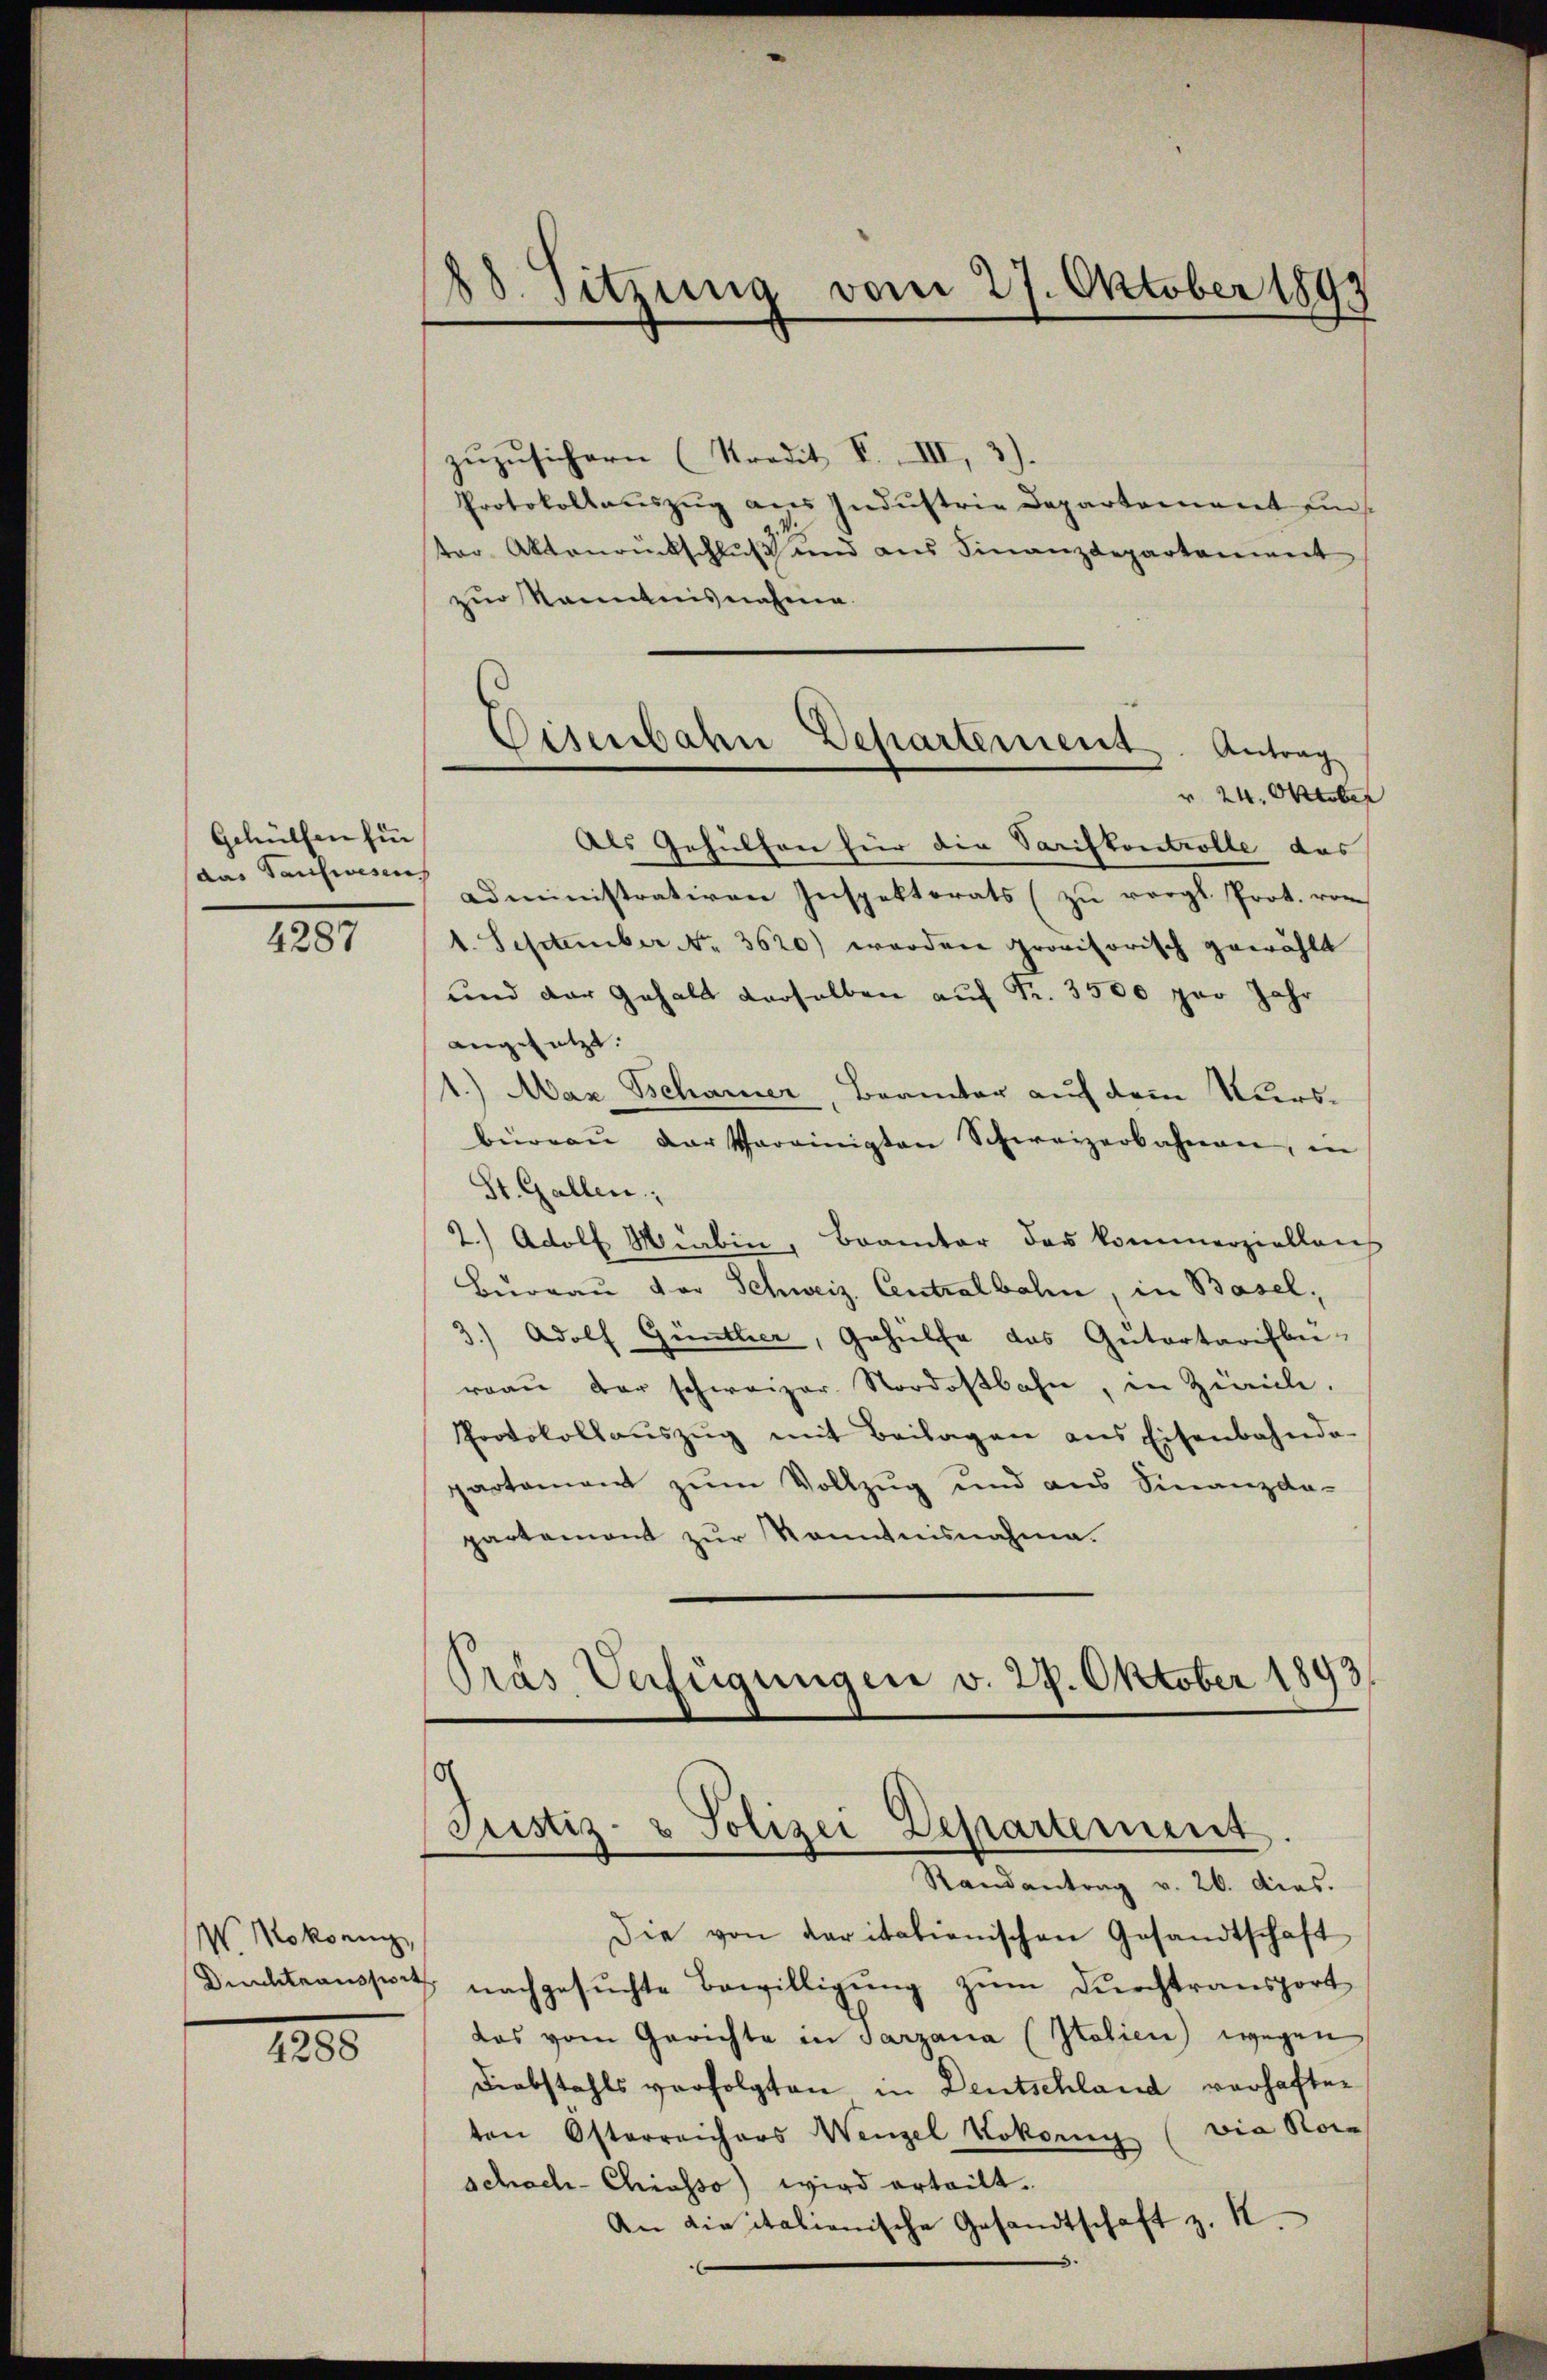
Gehülfen für
(das Tauwesen,

4287

W. Mokonig,

1205

88. Sitzung vom 27. Oktober 1899

zŭzŭsichern (Kredit F. III,
Protokollauszug aus Industrie Departement ein
ter Aktenrückschluß und aus Finanzdepartement
zur Kenntnisnahme.
Als Gehülfen für die Varifkontrolle des
administrativen Inspektorats (zu vergl. Prot. von
1. September No. 3620) worden provisorisch gewählt
und der Gehalt derselben auf Fr. 3500 per Jahr
angesetzt.
1.) Max Schanner, Beamter auf dem Kursbürren der Vereinigten Schweizerbahnen, in
St. Gallen;
2.) Adolf Miabin, Branter das kommerzielleich
Bureau vor Schweiz. Centralbahn, in Basel,
3) Adolf Günther, Gehülfe das Gutartarifbe-
reaŭ der schweizer Nordostbahn, in Zürich.
Protokollaŭszŭg mit Beilagen ans Eisenbahnda-
partament zum Vollzug und aus Finanzda-
partement zŭr Kenntnisnahme.
drás Verfügungen v. 29. Oktober 1893

Eisenbahn Departement. Antrag
r 24. Oktober

o
Justiz- & Polizei Departement.
Randantrag v. 26. dies.

Die von daritalienischen Gesandtschaft
Diensteaussert, nachgesuchte Bewilligung zum Durchtransport
das vom Gerichte in Tarzana (Italien) wegen
Diebstahls verfolgten in Deutschland verhaften
ten Österreichers Wenzel Vokoenig (via Roi-
schach- Chiasso) wird erteilt.
An die italienische Gesandtschaft z. B.